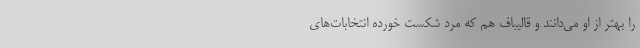
را بهتر از او می‌دانند و قالیباف هم که مرد شکست خورده انتخابات‌های